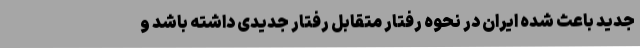
جدید باعث شده ایران در نحوه رفتار متقابل رفتار جدیدی داشته باشد و